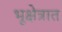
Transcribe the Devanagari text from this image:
भूक्षेत्रात